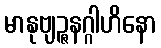
မာနုဗျဉ္ဇနဂ္ဂါဟိနော